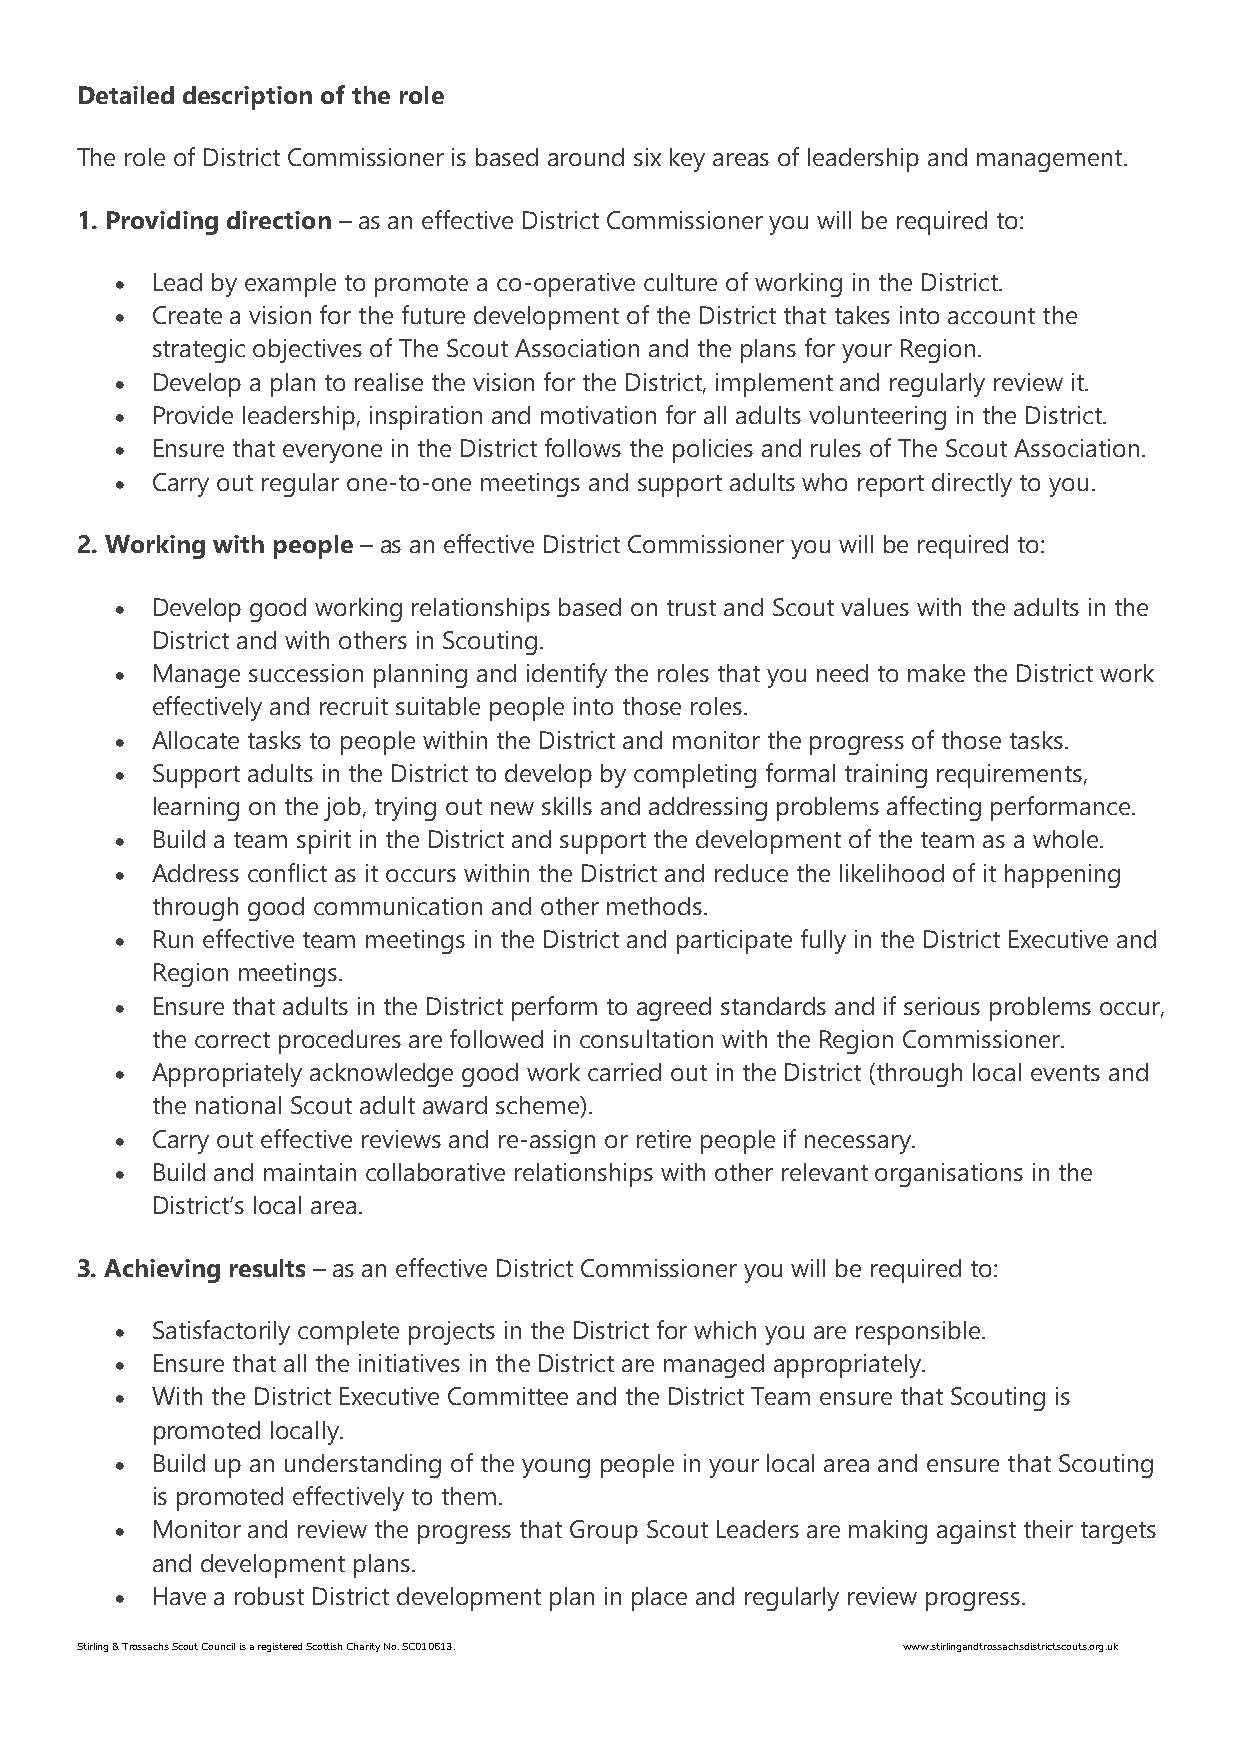
Detailed description of the role
 The role of District Commissioner is based around six key areas of leadership and management.
 1. Providing direction – as an effective District Commissioner you will be required to:
 • Lead by example to promote a co-operative culture of working in the District.
 • Create a vision for the future development of the District that takes into account the
 strategic objectives of The Scout Association and the plans for your Region.
 • Develop a plan to realise the vision for the District, implement and regularly review it.
 • Provide leadership, inspiration and motivation for all adults volunteering in the District.
 • Ensure that everyone in the District follows the policies and rules of The Scout Association.
 • Carry out regular one-to-one meetings and support adults who report directly to you.
 2. Working with people – as an effective District Commissioner you will be required to:
 • Develop good working relationships based on trust and Scout values with the adults in the
 District and with others in Scouting.
 • Manage succession planning and identify the roles that you need to make the District work
 effectively and recruit suitable people into those roles.
 • Allocate tasks to people within the District and monitor the progress of those tasks.
 • Support adults in the District to develop by completing formal training requirements,
 learning on the job, trying out new skills and addressing problems affecting performance.
 • Build a team spirit in the District and support the development of the team as a whole.
 • Address conflict as it occurs within the District and reduce the likelihood of it happening
 through good communication and other methods.
 • Run effective team meetings in the District and participate fully in the District Executive and
 Region meetings.
 • Ensure that adults in the District perform to agreed standards and if serious problems occur,
 the correct procedures are followed in consultation with the Region Commissioner.
 • Appropriately acknowledge good work carried out in the District (through local events and
 the national Scout adult award scheme).
 • Carry out effective reviews and re-assign or retire people if necessary.
 • Build and maintain collaborative relationships with other relevant organisations in the
 District’s local area.
 3. Achieving results – as an effective District Commissioner you will be required to:
 • Satisfactorily complete projects in the District for which you are responsible.
 • Ensure that all the initiatives in the District are managed appropriately.
 • With the District Executive Committee and the District Team ensure that Scouting is
 promoted locally.
 • Build up an understanding of the young people in your local area and ensure that Scouting
 is promoted effectively to them.
 • Monitor and review the progress that Group Scout Leaders are making against their targets
 and development plans.
 • Have a robust District development plan in place and regularly review progress.
 Stirling & Trossachs Scout Council is a registered Scottish Charity No. SC010613. www.stirlingandtrossachsdistrictscouts.org.uk